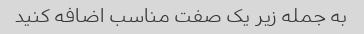
به جمله زیر یک صفت مناسب اضافه کنید